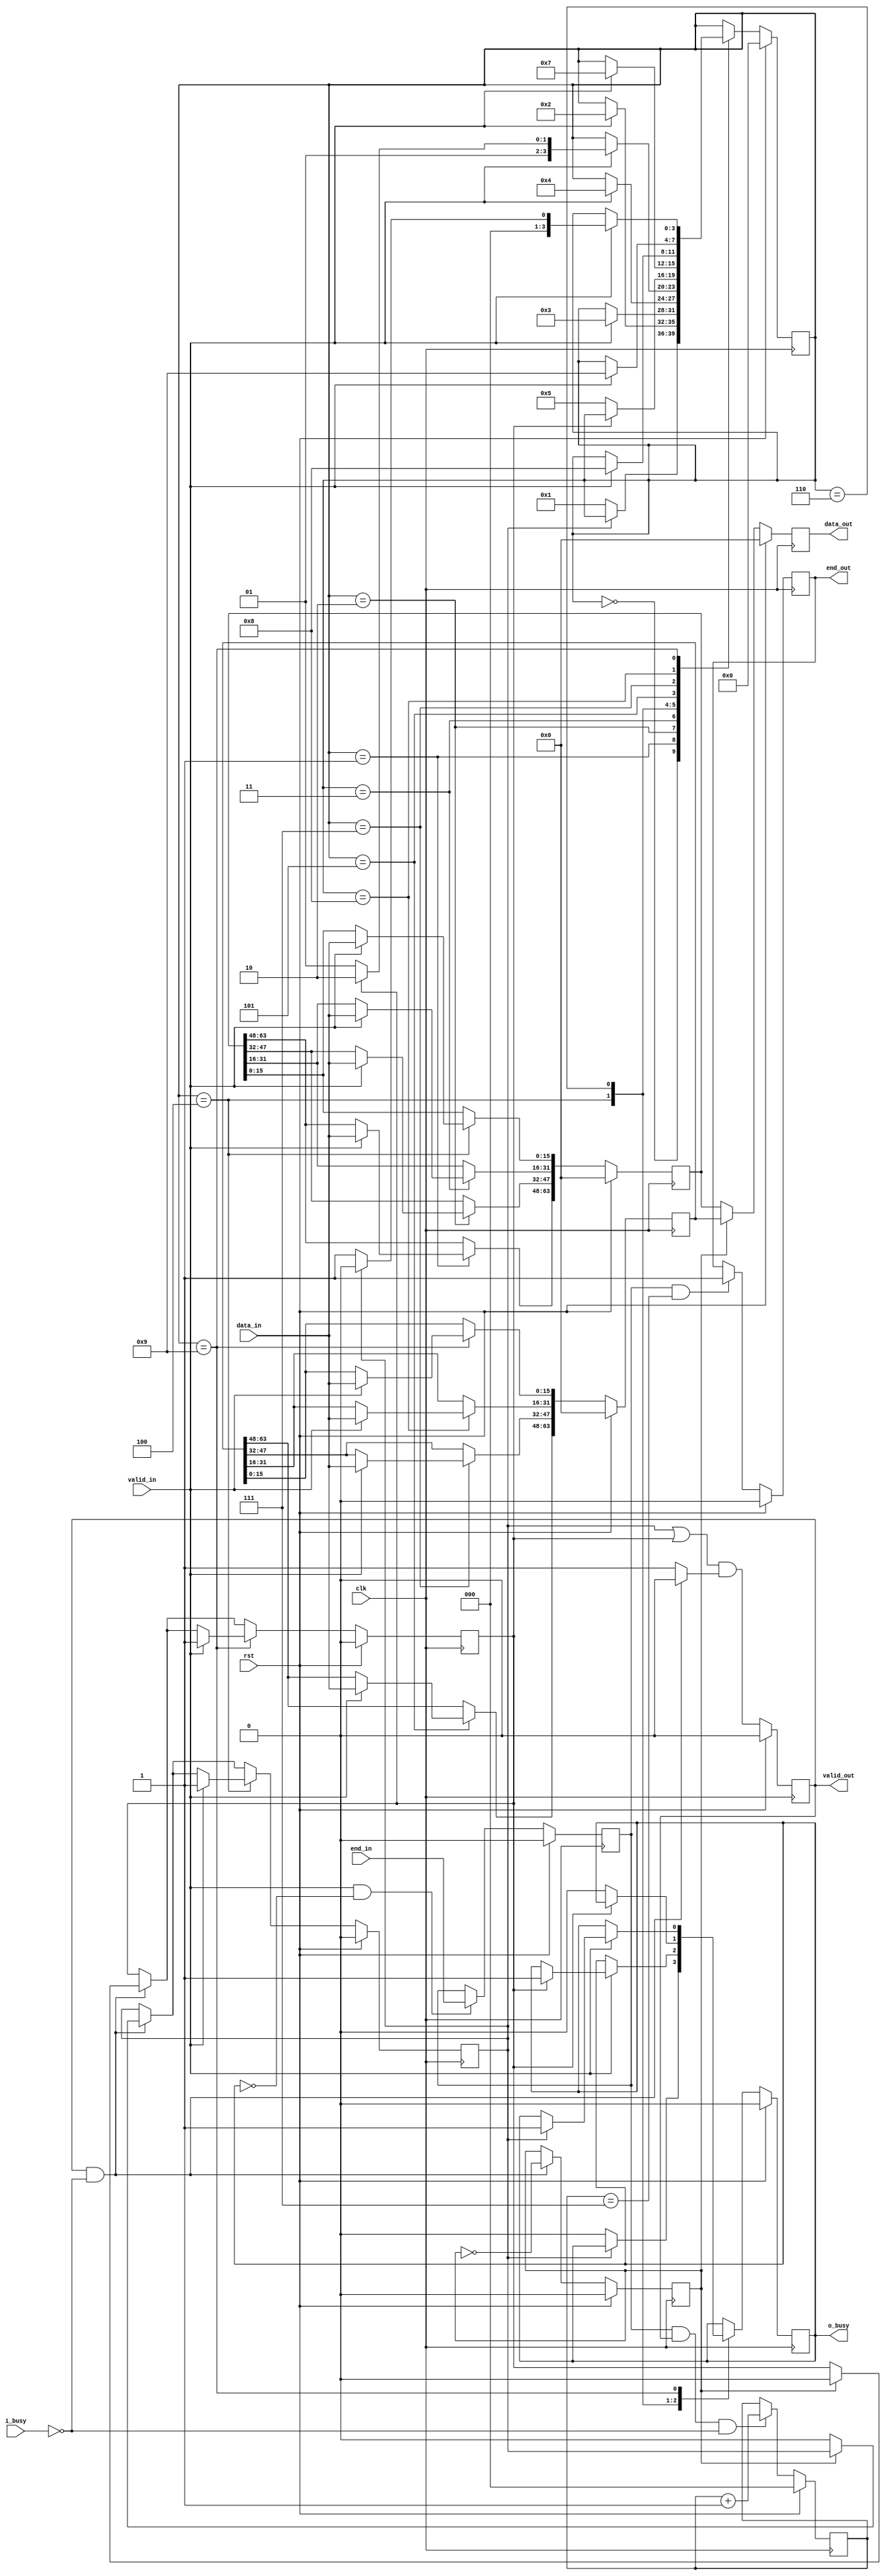
/* Generated by Yosys 0.8+     369 (git sha1 ea0e0722, clang 10.0.1 -fPIC -Os) */

(* \nmigen.hierarchy  = "top" *)
(* top =  1  *)
(* generator = "nMigen" *)
module top(end_in, i_busy, data_in, rst, clk, valid_out, o_busy, data_out, end_out, valid_in);
  wire \$1 ;
  wire \$11 ;
  wire \$13 ;
  wire \$15 ;
  wire \$17 ;
  wire \$19 ;
  wire \$21 ;
  wire [3:0] \$23 ;
  wire [3:0] \$24 ;
  wire \$26 ;
  wire \$28 ;
  wire \$3 ;
  wire \$30 ;
  wire \$32 ;
  wire \$34 ;
  wire \$36 ;
  wire \$38 ;
  wire \$40 ;
  wire \$42 ;
  wire \$44 ;
  wire \$46 ;
  wire \$48 ;
  wire \$5 ;
  wire \$50 ;
  wire \$52 ;
  wire \$54 ;
  wire \$56 ;
  wire \$58 ;
  wire \$60 ;
  wire \$62 ;
  wire \$64 ;
  wire \$66 ;
  wire \$68 ;
  wire \$7 ;
  wire \$70 ;
  wire \$72 ;
  wire \$74 ;
  wire \$76 ;
  wire \$78 ;
  wire \$80 ;
  wire \$82 ;
  wire \$84 ;
  wire \$9 ;
  (* src = "b16_b64.py:67" *)
  reg \$next\buff_chs ;
  (* src = "b16_b64.py:59" *)
  reg [63:0] \$next\buffer1 ;
  (* src = "b16_b64.py:60" *)
  reg \$next\buffer1_valid ;
  (* src = "b16_b64.py:63" *)
  reg [63:0] \$next\buffer2 ;
  (* src = "b16_b64.py:64" *)
  reg \$next\buffer2_valid ;
  (* src = "b16_b64.py:80" *)
  reg [2:0] \$next\counter ;
  (* src = "b16_b64.py:37" *)
  reg [63:0] \$next\data_out ;
  (* src = "b16_b64.py:44" *)
  reg \$next\end_out ;
  (* src = "nmigen/hdl/dsl.py:244" *)
  reg [3:0] \$next\fsm_state ;
  (* src = "b16_b64.py:70" *)
  reg \$next\is_valid ;
  (* src = "b16_b64.py:46" *)
  reg \$next\o_busy ;
  (* src = "b16_b64.py:74" *)
  reg \$next\reg_end ;
  (* src = "b16_b64.py:41" *)
  reg \$next\valid_out ;
  (* init = 1'h0 *)
  (* src = "b16_b64.py:67" *)
  reg buff_chs = 1'h0;
  (* init = 64'h0000000000000000 *)
  (* src = "b16_b64.py:59" *)
  reg [63:0] buffer1 = 64'h0000000000000000;
  (* init = 1'h0 *)
  (* src = "b16_b64.py:60" *)
  reg buffer1_valid = 1'h0;
  (* init = 64'h0000000000000000 *)
  (* src = "b16_b64.py:63" *)
  reg [63:0] buffer2 = 64'h0000000000000000;
  (* init = 1'h0 *)
  (* src = "b16_b64.py:64" *)
  reg buffer2_valid = 1'h0;
  (* src = "nmigen/hdl/ir.py:329" *)
  input clk;
  (* init = 3'h0 *)
  (* src = "b16_b64.py:80" *)
  reg [2:0] counter = 3'h0;
  (* src = "b16_b64.py:34" *)
  input [15:0] data_in;
  (* init = 64'h0000000000000000 *)
  (* src = "b16_b64.py:37" *)
  output [63:0] data_out;
  reg [63:0] data_out = 64'h0000000000000000;
  (* src = "b16_b64.py:43" *)
  input end_in;
  (* init = 1'h0 *)
  (* src = "b16_b64.py:44" *)
  output end_out;
  reg end_out = 1'h0;
  (* init = 4'h0 *)
  (* src = "nmigen/hdl/dsl.py:244" *)
  reg [3:0] fsm_state = 4'h0;
  (* src = "b16_b64.py:47" *)
  input i_busy;
  (* src = "b16_b64.py:70" *)
  wire is_valid;
  (* init = 1'h0 *)
  (* src = "b16_b64.py:46" *)
  output o_busy;
  reg o_busy = 1'h0;
  (* init = 1'h0 *)
  (* src = "b16_b64.py:74" *)
  reg reg_end = 1'h0;
  (* src = "nmigen/hdl/ir.py:329" *)
  input rst;
  (* src = "b16_b64.py:40" *)
  input valid_in;
  (* init = 1'h0 *)
  (* src = "b16_b64.py:41" *)
  output valid_out;
  reg valid_out = 1'h0;
  assign \$9  = o_busy == (* src = "b16_b64.py:76" *) 1'h0;
  assign \$11  = \$7  & (* src = "b16_b64.py:76" *) \$9 ;
  assign \$13  = reg_end == (* src = "b16_b64.py:81" *) 1'h1;
  assign \$15  = valid_out == (* src = "b16_b64.py:81" *) 1'h1;
  assign \$17  = \$13  & (* src = "b16_b64.py:81" *) \$15 ;
  assign \$1  = valid_out == (* src = "b16_b64.py:96" *) 1'h1;
  assign \$19  = i_busy == (* src = "b16_b64.py:81" *) 1'h0;
  assign \$21  = \$17  & (* src = "b16_b64.py:81" *) \$19 ;
  assign \$24  = counter + (* src = "b16_b64.py:82" *) 1'h1;
  assign \$26  = reg_end == (* src = "b16_b64.py:83" *) 1'h1;
  assign \$28  = counter == (* src = "b16_b64.py:83" *) 3'h7;
  assign \$30  = \$26  & (* src = "b16_b64.py:83" *) \$28 ;
  assign \$32  = buff_chs == (* src = "b16_b64.py:87" *) 1'h0;
  assign \$34  = buff_chs == (* src = "b16_b64.py:89" *) 1'h1;
  assign \$36  = buffer1_valid == (* src = "b16_b64.py:93" *) 1'h1;
  assign \$38  = buffer2_valid == (* src = "b16_b64.py:93" *) 1'h1;
  assign \$3  = i_busy == (* src = "b16_b64.py:96" *) 1'h0;
  assign \$40  = \$36  | (* src = "b16_b64.py:93" *) \$38 ;
  assign \$42  = is_valid == (* src = "b16_b64.py:93" *) 1'h1;
  assign \$44  = \$40  & (* src = "b16_b64.py:93" *) \$42 ;
  assign \$46  = valid_out == (* src = "b16_b64.py:96" *) 1'h1;
  assign \$48  = i_busy == (* src = "b16_b64.py:96" *) 1'h0;
  assign \$50  = \$46  & (* src = "b16_b64.py:96" *) \$48 ;
  assign \$52  = buff_chs == (* src = "b16_b64.py:98" *) 1'h0;
  assign \$54  = valid_out == (* src = "b16_b64.py:96" *) 1'h1;
  assign \$56  = i_busy == (* src = "b16_b64.py:96" *) 1'h0;
  assign \$58  = \$54  & (* src = "b16_b64.py:96" *) \$56 ;
  assign \$5  = \$1  & (* src = "b16_b64.py:96" *) \$3 ;
  assign \$60  = buff_chs == (* src = "b16_b64.py:99" *) 1'h0;
  assign \$62  = valid_out == (* src = "b16_b64.py:96" *) 1'h1;
  assign \$64  = i_busy == (* src = "b16_b64.py:96" *) 1'h0;
  assign \$66  = \$62  & (* src = "b16_b64.py:96" *) \$64 ;
  assign \$68  = buff_chs == (* src = "b16_b64.py:101" *) 1'h1;
  assign \$70  = buffer1_valid == (* src = "b16_b64.py:110" *) 1'h0;
  assign \$72  = buffer2_valid == (* src = "b16_b64.py:137" *) 1'h0;
  assign \$74  = buffer2_valid == (* src = "b16_b64.py:148" *) 1'h0;
  assign \$76  = buffer1_valid == (* src = "b16_b64.py:175" *) 1'h0;
  assign \$78  = buffer1_valid == (* src = "b16_b64.py:110" *) 1'h0;
  assign \$7  = valid_in == (* src = "b16_b64.py:76" *) 1'h1;
  assign \$80  = buffer2_valid == (* src = "b16_b64.py:137" *) 1'h0;
  assign \$82  = buffer2_valid == (* src = "b16_b64.py:148" *) 1'h0;
  assign \$84  = buffer1_valid == (* src = "b16_b64.py:175" *) 1'h0;
  always @(posedge clk)
      buffer2 <= \$next\buffer2 ;
  always @(posedge clk)
      end_out <= \$next\end_out ;
  always @(posedge clk)
      counter <= \$next\counter ;
  always @(posedge clk)
      reg_end <= \$next\reg_end ;
  always @(posedge clk)
      buffer1 <= \$next\buffer1 ;
  always @(posedge clk)
      fsm_state <= \$next\fsm_state ;
  always @(posedge clk)
      o_busy <= \$next\o_busy ;
  always @(posedge clk)
      buffer2_valid <= \$next\buffer2_valid ;
  always @(posedge clk)
      buffer1_valid <= \$next\buffer1_valid ;
  always @(posedge clk)
      buff_chs <= \$next\buff_chs ;
  always @(posedge clk)
      valid_out <= \$next\valid_out ;
  always @(posedge clk)
      data_out <= \$next\data_out ;
  always @* begin
    \$next\is_valid  = 1'h0;
    \$next\is_valid  = 1'h1;
    casez (\$5 )
      1'h1:
          \$next\is_valid  = 1'h0;
    endcase
  end
  always @* begin
    \$next\reg_end  = reg_end;
    casez (\$11 )
      1'h1:
          \$next\reg_end  = end_in;
    endcase
    casez (rst)
      1'h1:
          \$next\reg_end  = 1'h0;
    endcase
  end
  always @* begin
    \$next\fsm_state  = fsm_state;
    casez (fsm_state)
      4'h0:
          casez (\$78 )
            1'h1:
                \$next\fsm_state  = 4'h1;
          endcase
      4'h1:
          casez (valid_in)
            1'h1:
                \$next\fsm_state  = 4'h2;
          endcase
      4'h2:
          casez (valid_in)
            1'h1:
                \$next\fsm_state  = 4'h3;
          endcase
      4'h3:
          casez (valid_in)
            1'h1:
                \$next\fsm_state  = 4'h4;
          endcase
      4'h4:
          casez (valid_in)
            1'h1:
                casez (\$80 )
                  1'h1:
                      \$next\fsm_state  = 4'h5;
                  1'hz:
                      \$next\fsm_state  = 4'h6;
                endcase
          endcase
      4'h6:
          casez (\$82 )
            1'h1:
                \$next\fsm_state  = 4'h5;
          endcase
      4'h5:
          casez (valid_in)
            1'h1:
                \$next\fsm_state  = 4'h7;
          endcase
      4'h7:
          casez (valid_in)
            1'h1:
                \$next\fsm_state  = 4'h8;
          endcase
      4'h8:
          casez (valid_in)
            1'h1:
                \$next\fsm_state  = 4'h9;
          endcase
      4'h9:
          casez (valid_in)
            1'h1:
                casez (\$84 )
                  1'h1:
                      \$next\fsm_state  = 4'h1;
                  1'hz:
                      \$next\fsm_state  = 4'h0;
                endcase
          endcase
    endcase
    casez (rst)
      1'h1:
          \$next\fsm_state  = 4'h0;
    endcase
  end
  always @* begin
    \$next\buffer1  = buffer1;
    casez (fsm_state)
      4'h1:
          casez (valid_in)
            1'h1:
                \$next\buffer1 [63:48] = data_in;
          endcase
      4'h2:
          casez (valid_in)
            1'h1:
                \$next\buffer1 [47:32] = data_in;
          endcase
      4'h3:
          casez (valid_in)
            1'h1:
                \$next\buffer1 [31:16] = data_in;
          endcase
      4'h4:
          casez (valid_in)
            1'h1:
                \$next\buffer1 [15:0] = data_in;
          endcase
    endcase
    casez (rst)
      1'h1:
          \$next\buffer1  = 64'h0000000000000000;
    endcase
  end
  always @* begin
    \$next\buffer2  = buffer2;
    casez (fsm_state)
      4'h5:
          casez (valid_in)
            1'h1:
                \$next\buffer2 [63:48] = data_in;
          endcase
      4'h7:
          casez (valid_in)
            1'h1:
                \$next\buffer2 [47:32] = data_in;
          endcase
      4'h8:
          casez (valid_in)
            1'h1:
                \$next\buffer2 [31:16] = data_in;
          endcase
      4'h9:
          casez (valid_in)
            1'h1:
                \$next\buffer2 [15:0] = data_in;
          endcase
    endcase
    casez (rst)
      1'h1:
          \$next\buffer2  = 64'h0000000000000000;
    endcase
  end
  always @* begin
    \$next\counter  = counter;
    casez (\$21 )
      1'h1:
          \$next\counter  = \$23 [2:0];
    endcase
    casez (rst)
      1'h1:
          \$next\counter  = 3'h0;
    endcase
  end
  always @* begin
    \$next\end_out  = end_out;
    casez (\$30 )
      1'h1:
          \$next\end_out  = 1'h1;
    endcase
    casez (rst)
      1'h1:
          \$next\end_out  = 1'h0;
    endcase
  end
  always @* begin
    \$next\data_out  = data_out;
    casez (\$32 )
      1'h1:
          \$next\data_out  = buffer1;
    endcase
    casez (\$34 )
      1'h1:
          \$next\data_out  = buffer2;
    endcase
    casez (rst)
      1'h1:
          \$next\data_out  = 64'h0000000000000000;
    endcase
  end
  always @* begin
    \$next\valid_out  = valid_out;
    \$next\valid_out  = \$44 ;
    casez (rst)
      1'h1:
          \$next\valid_out  = 1'h0;
    endcase
  end
  always @* begin
    \$next\buff_chs  = buff_chs;
    casez (\$50 )
      1'h1:
          \$next\buff_chs  = \$52 ;
    endcase
    casez (rst)
      1'h1:
          \$next\buff_chs  = 1'h0;
    endcase
  end
  always @* begin
    \$next\buffer1_valid  = buffer1_valid;
    casez (\$58 )
      1'h1:
          casez (\$60 )
            1'h1:
                \$next\buffer1_valid  = 1'h0;
          endcase
    endcase
    casez (fsm_state)
      4'h4:
          casez (valid_in)
            1'h1:
                \$next\buffer1_valid  = 1'h1;
          endcase
    endcase
    casez (rst)
      1'h1:
          \$next\buffer1_valid  = 1'h0;
    endcase
  end
  always @* begin
    \$next\buffer2_valid  = buffer2_valid;
    casez (\$66 )
      1'h1:
          casez (\$68 )
            1'h1:
                \$next\buffer2_valid  = 1'h0;
          endcase
    endcase
    casez (fsm_state)
      4'h9:
          casez (valid_in)
            1'h1:
                \$next\buffer2_valid  = 1'h1;
          endcase
    endcase
    casez (rst)
      1'h1:
          \$next\buffer2_valid  = 1'h0;
    endcase
  end
  always @* begin
    \$next\o_busy  = o_busy;
    casez (fsm_state)
      4'h0:
          casez (\$70 )
            1'h1:
                \$next\o_busy  = 1'h0;
          endcase
      4'h4:
          casez (valid_in)
            1'h1:
                casez (\$72 )
                  1'h1:
                      /* empty */;
                  1'hz:
                      \$next\o_busy  = 1'h1;
                endcase
          endcase
      4'h6:
          casez (\$74 )
            1'h1:
                \$next\o_busy  = 1'h0;
          endcase
      4'h9:
          casez (valid_in)
            1'h1:
                casez (\$76 )
                  1'h1:
                      /* empty */;
                  1'hz:
                      \$next\o_busy  = 1'h1;
                endcase
          endcase
    endcase
    casez (rst)
      1'h1:
          \$next\o_busy  = 1'h0;
    endcase
  end
  assign \$23  = \$24 ;
  assign is_valid = \$next\is_valid ;
endmodule